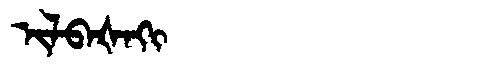
Manchu: ᡳᠯᠪᠠᡧᠠᡴᡳ
Romanization: ILBAŠAKI